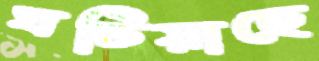
ঘটিয়াছে